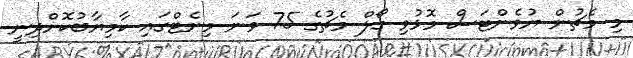
މި މެޗުން ޔުވެންޓަސް މޮޅުވި ގޯލް މެޗުގެ 75 ވަނަ މިނެޓްގައި ކާމިޔާބުކޮށްދިނީ